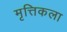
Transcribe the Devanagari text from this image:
मृत्तिकला